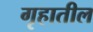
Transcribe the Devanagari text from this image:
गृहातील